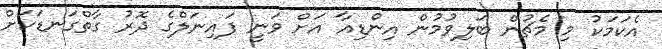
އެކަމަކު މި މެޗުން ބަލިވުމުން އިންޑިއާ އަށް ވަނީ ފައިނަލްގެ ދޮރު ގާތްގަނޑަކަށް